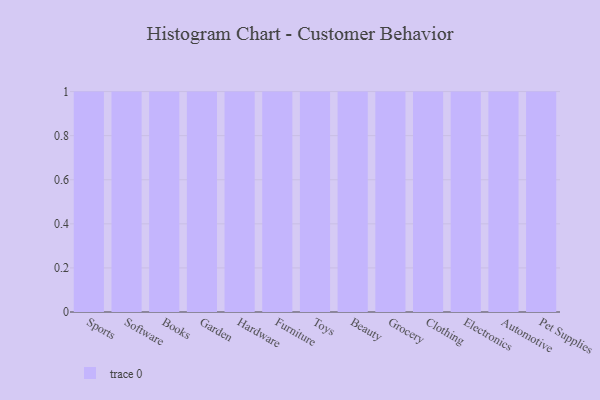
{"axis": {"x": "Category", "y": "Operating Costs (USD K)"}, "legend": [""], "data": [{"x": "Sports", "y": 37, "type": ""}, {"x": "Software", "y": 42, "type": ""}, {"x": "Books", "y": 75, "type": ""}, {"x": "Garden", "y": 26, "type": ""}, {"x": "Hardware", "y": 55, "type": ""}, {"x": "Furniture", "y": 25, "type": ""}, {"x": "Toys", "y": 85, "type": ""}, {"x": "Beauty", "y": 38, "type": ""}, {"x": "Grocery", "y": 34, "type": ""}, {"x": "Clothing", "y": 42, "type": ""}, {"x": "Electronics", "y": 73, "type": ""}, {"x": "Automotive", "y": 95, "type": ""}, {"x": "Pet Supplies", "y": 55, "type": ""}]}